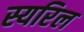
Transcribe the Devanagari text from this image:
स्यरिल